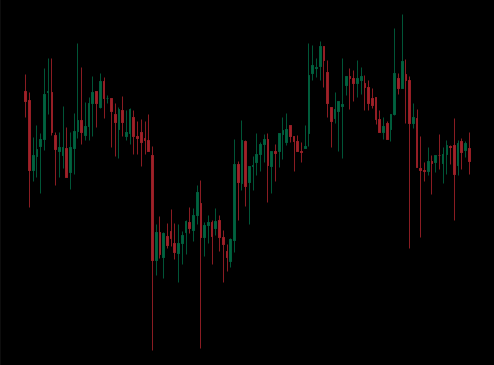
Pattern: unclassified